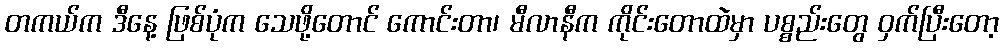
တကယ်က ဒီနေ့ ဖြစ်ပုံက သေဖို့တောင် ကောင်းတာ၊ မီလာနီက ကိုင်းတောထဲမှာ ပစ္စည်းတွေ ဝှက်ပြီးတော့